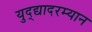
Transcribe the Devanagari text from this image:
युद्द्यादरम्यान